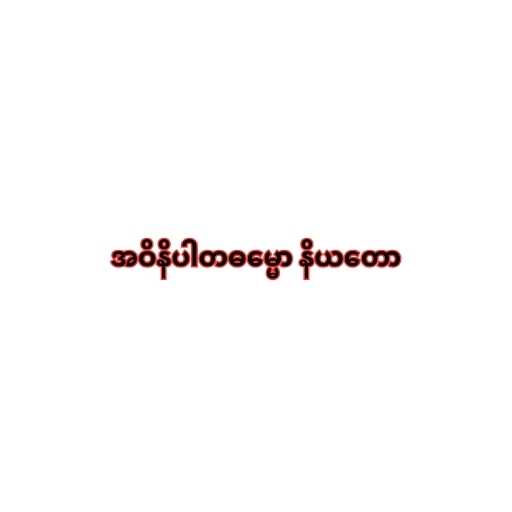
အဝိနိပါတဓမ္မော နိယတော